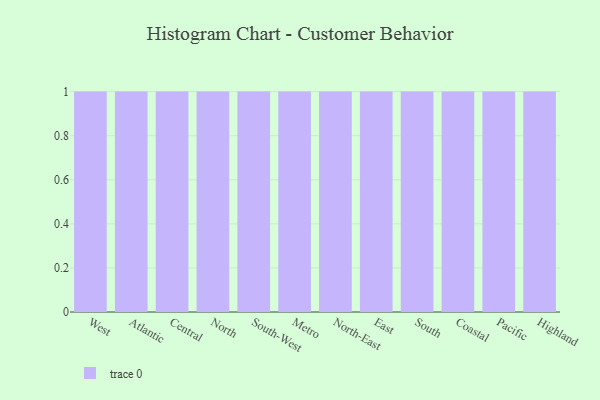
{"axis": {"x": "Region", "y": "Backlog"}, "legend": [""], "data": [{"x": "West", "y": 67, "type": ""}, {"x": "Atlantic", "y": 61, "type": ""}, {"x": "Central", "y": 41, "type": ""}, {"x": "North", "y": 40, "type": ""}, {"x": "South-West", "y": 78, "type": ""}, {"x": "Metro", "y": 31, "type": ""}, {"x": "North-East", "y": 93, "type": ""}, {"x": "East", "y": 96, "type": ""}, {"x": "South", "y": 86, "type": ""}, {"x": "Coastal", "y": 54, "type": ""}, {"x": "Pacific", "y": 75, "type": ""}, {"x": "Highland", "y": 81, "type": ""}]}